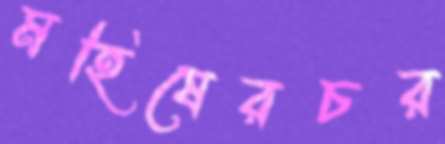
মহিষেরচর